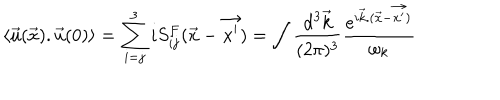
\langle { \vec { u } } ( \vec { x } ) . { \vec { u } } ( 0 ) \rangle = \sum _ { i = j } ^ { 3 } i S _ { i j } ^ { F } ( { \vec { x } } - { \vec { x ^ { \prime } } } ) = \int { \frac { \mathrm { d } ^ { 3 } { \vec { k } } } { ( 2 \pi ) ^ { 3 } } } { { \frac { e ^ { i { \vec { k } } . ( { \vec { x } } - { \vec { x ^ { \prime } } ) } } } { \omega _ { k } } } }